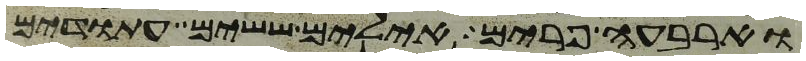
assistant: וארבעה פרים אילים ששים עתודים